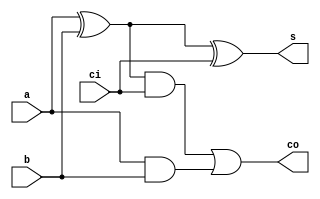
module sum1b (
    input  a,
    input  b,
    input  ci,
    output  s,
    output co
);

wire xor1;
wire and1;
wire and2;

assign xor1 = a ^ b;
assign and1 = xor1 & ci;
assign and2 = a & b;
assign s = xor1 ^ ci;
assign co = and1 | and2;


endmodule